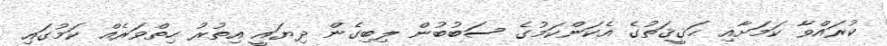
ކުރައްވާ ކަމަށާއި ޙަޤީޤަތުގެ އެކަންކަމުގެ ސަބުބުން ލިބިގެން ދިޔައީ އިތުރު ހިތްވަރެއް ކަމުގައި